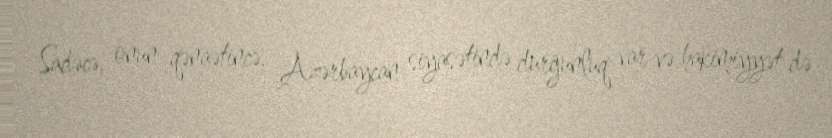
Sadəcə, onun qənaətincə, Azərbaycan siyasətində durğunluq var və hakimiyyət də